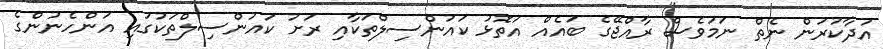
އަދާކުރަން ނެތް ނަމަވެސް ރާއްޖޭގެ ބައެއް އަތޮޅު ކައުންސިލްތަކާއި ރަށު ކައުންސިލްތަކުގައި އަންހެނުންގެ